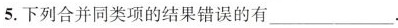
5.下列合并同类项的结果错误的有___。